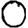
Digit: 0